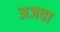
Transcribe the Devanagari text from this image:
अजवा